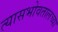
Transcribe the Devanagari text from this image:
त्यासभोवतालच्या